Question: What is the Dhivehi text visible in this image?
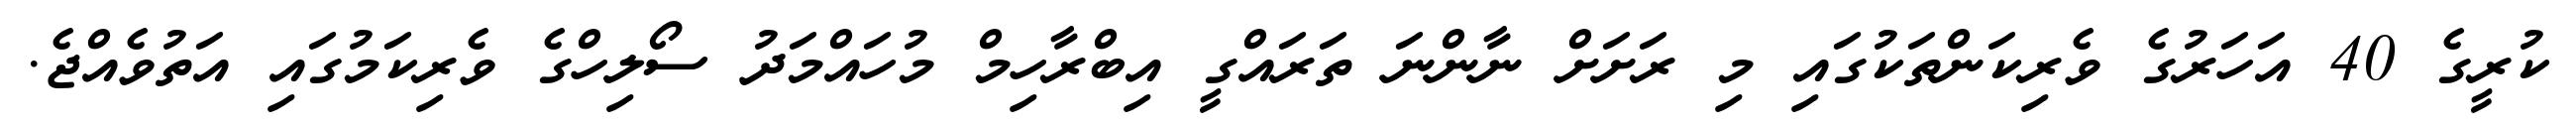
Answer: ކުރީގެ 40 އަހަރުގެ ވެރިކަންތަކުގައި މި ރަށަށް ނާންނަ ތަރައްގީ އިބްރާހިމް މުހައްމަދު ސޯލިހްގެ ވެރިކަމުގައި އަތުވެއްޖެ.